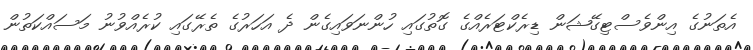
އެތަނުގެ އިންވެސްޓިގޭޝަން ޑިރެކްޓަރެއްގެ ގޮތުގައި ހުންނަވައިގެން ދެ އަހަރުގެ ތެރޭގައި ކުރެއްވުނު މަސައްކަތުން